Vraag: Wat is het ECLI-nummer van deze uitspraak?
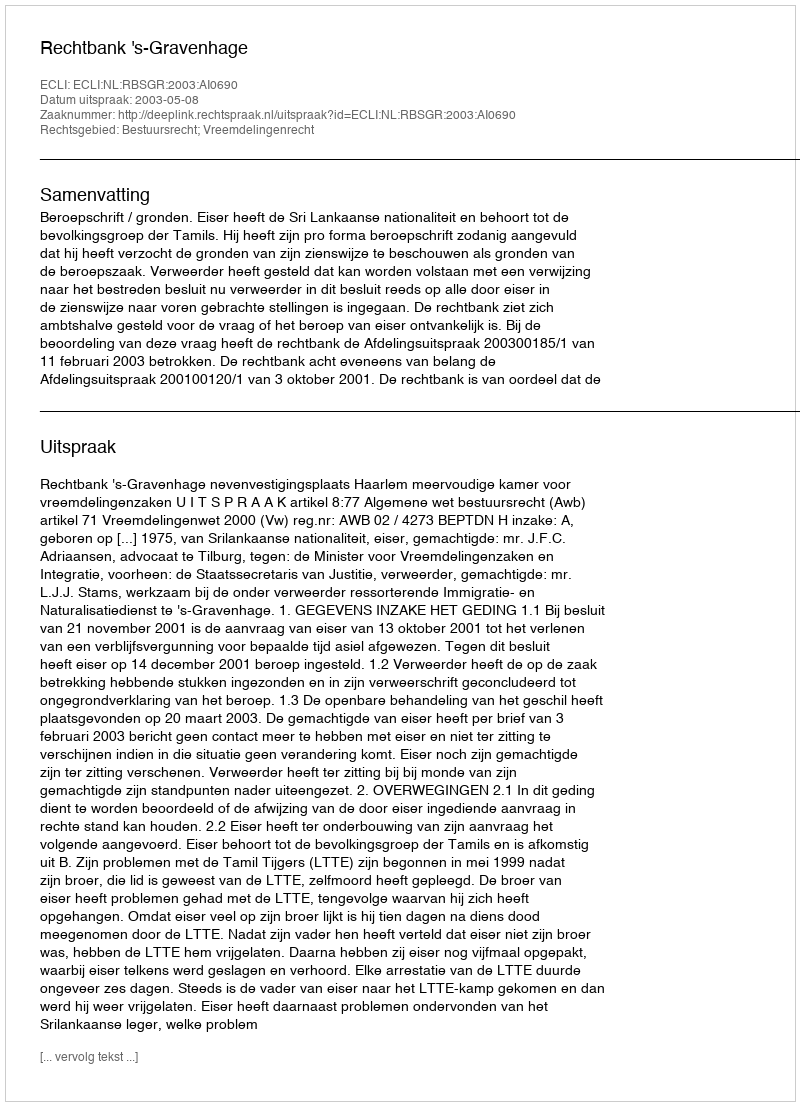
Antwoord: ECLI:NL:RBSGR:2003:AI0690